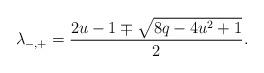
LaTeX: \begin{align*}\lambda_{-,+} = \frac{2u-1 \mp \sqrt{8q-4u^2+1}}{2}.\end{align*}